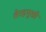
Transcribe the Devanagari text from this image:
तेरहमुखी